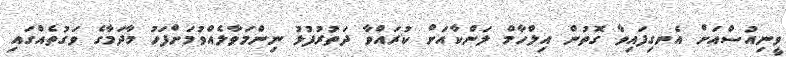
ވީނިއުސްއަށް އެނގިފައިވާ ގޮތުން އިލްހާމް ލަންކާއަށް ކުރައްވާ ދަތުރުފުޅު ނިންމަވާލެއްވުމަށްފަހު މާދަމާގެ ވަގުތެއްގައި